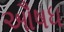
ઔષધ